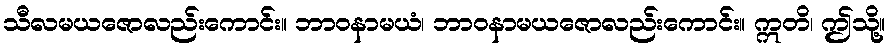
သီလမယဇောလည်းကောင်း။ ဘာဝနာမယံ၊ ဘာဝနာမယဇောလည်းကောင်း။ ဣတိ၊ ဤသို့။